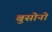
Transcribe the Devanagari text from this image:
बुसोनो